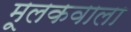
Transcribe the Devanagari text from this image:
मूलकवाला